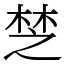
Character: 椘